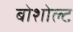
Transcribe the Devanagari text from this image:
बोशोल्ट